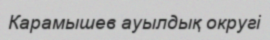
Карамышев ауылдық округі